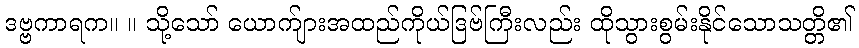
ဒဗ္ဗကာရက။ ။ သို့သော် ယောက်ျားအထည်ကိုယ်ဒြဗ်ကြီးလည်း ထိုသွားစွမ်းနိုင်သောသတ္တိ၏